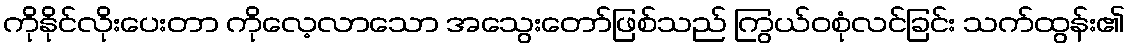
ကိုနိုင်လိုးပေးတာ ကိုလေ့လာသော အသွေးတော်ဖြစ်သည် ကြွယ်ဝစုံလင်ခြင်း သက်ထွန်း၏